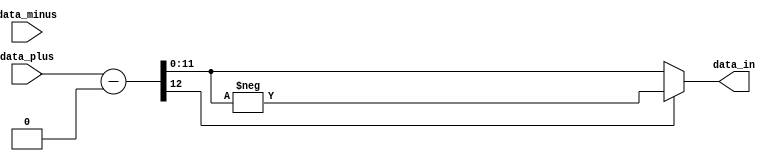
`timescale 1 ns / 10 ps

module Receiver (
	input [11:0] data_plus,
	input [11:0] data_minus,
	output [11:0] data_in
	);
	
	reg [11:0] data_minus_reg = 0;
	
	wire signed [12:0] lol;
	assign lol = data_plus - data_minus_reg;
	assign data_in = lol [12] ? -lol : lol;
	
	
	endmodule